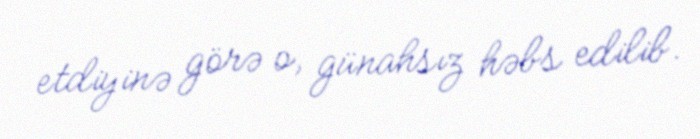
etdiyinə görə o, günahsız həbs edilib.